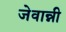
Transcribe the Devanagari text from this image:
जेवान्नी